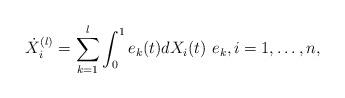
LaTeX: \begin{align*}\dot{X}_i^{(l)}= \sum_{k=1}^l \int_0^1 e_k(t)dX_i(t)\ e_k, i=1,\dots, n,\end{align*}